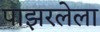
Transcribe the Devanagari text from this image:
पाझरलेला